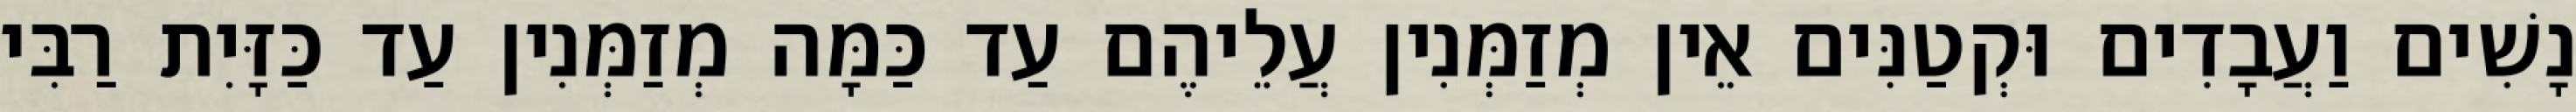
נָשִׁים וַעֲבָדִים וּקְטַנִּים אֵין מְזַמְּנִין עֲלֵיהֶם עַד כַּמָּה מְזַמְּנִין עַד כַּזָּיִת רַבִּי